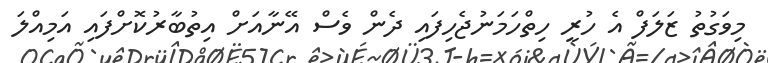
މިވަގުތު ޒަލަފް އެ ހުރީ ހިތްހަމަނުޖެހިފައި ދެން ވެސް އޭނާއަށް އިތުބާރުކޮށްފައި އަމިއްލަ